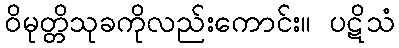
ဝိမုတ္တိသုခကိုလည်းကောင်း။ ပဋိသံ